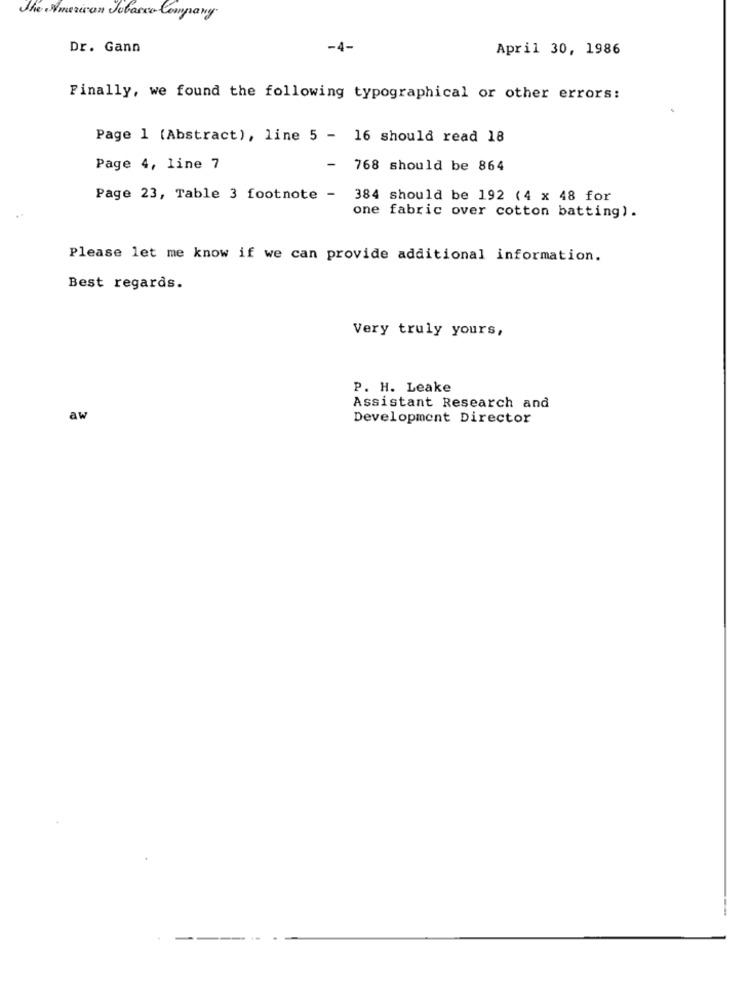
The American Tobacco Company
Dr. Gann
-4-
April 30, 1986
Finally, we found the following typographical or other errors:
Page 1 (Abstract), line 5 - 16 should read 18
Page 4, line 7
-
768 should be 864
Page 23, Table 3 footnote - 384 should be 192 (4 x 48 for
one fabric over cotton batting).
Please let me know if we can provide additional information.
Best regards.
Very truly yours,
P. H. Leake
Assistant Research and
aw
Development Director